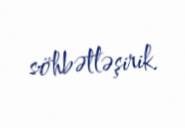
söhbətləşirik.